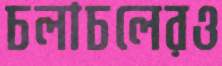
চলাচলেরও